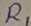
Text: R1